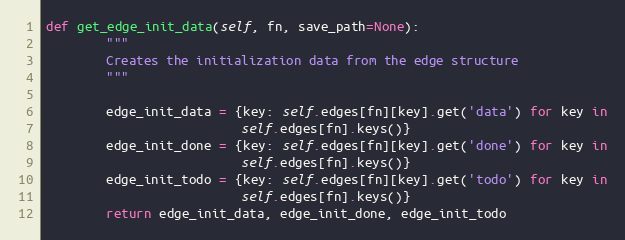
Language: Python
def get_edge_init_data(self, fn, save_path=None):
        """
        Creates the initialization data from the edge structure
        """

        edge_init_data = {key: self.edges[fn][key].get('data') for key in
                          self.edges[fn].keys()}
        edge_init_done = {key: self.edges[fn][key].get('done') for key in
                          self.edges[fn].keys()}
        edge_init_todo = {key: self.edges[fn][key].get('todo') for key in
                          self.edges[fn].keys()}
        return edge_init_data, edge_init_done, edge_init_todo